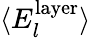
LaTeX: \langle{E}_{l}^{\mathrm{layer}}\rangle